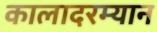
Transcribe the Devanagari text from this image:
कालादरम्यान